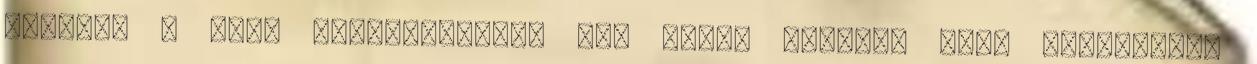
ezeknek a régi formátumoknak egy része ritkán, vagy egyáltalán